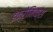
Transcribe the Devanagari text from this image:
इक्रोमिक्स